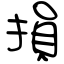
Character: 損